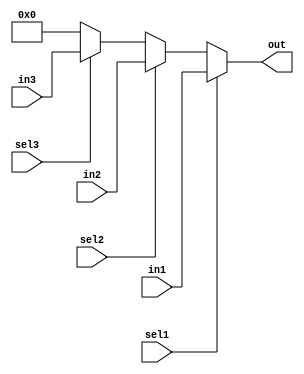
module onehot_mux(
    input [BUSWIDTH-1:0] in1,
    input [BUSWIDTH-1:0] in2,
    input [BUSWIDTH-1:0] in3,

    input sel1,
    input sel2,
    input sel3,

    output [BUSWIDTH-1:0] out
);
parameter BUSWIDTH = 8;

// Select the relavant item pointed by the mux
assign out = ( sel1 ? in1 : ( sel2 ? in2 : (sel3 ? in3 : {BUSWIDTH{1'd0}}) ) );

endmodule